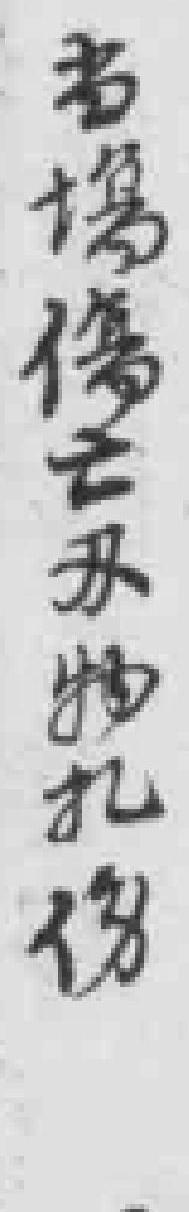
当場傷亡刃物扎伤